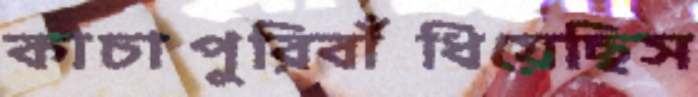
কাচাপুরিবাঁধিয়েছিস